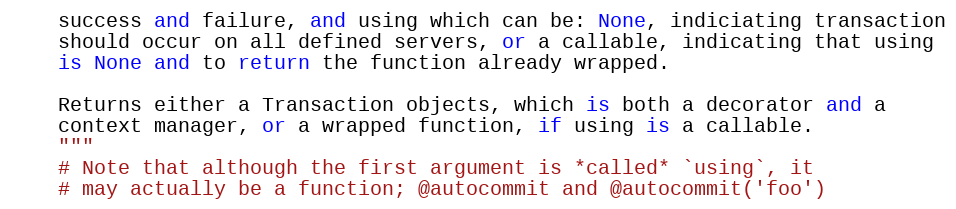
Language: Python
    success and failure, and using which can be: None, indiciating transaction
    should occur on all defined servers, or a callable, indicating that using
    is None and to return the function already wrapped.

    Returns either a Transaction objects, which is both a decorator and a
    context manager, or a wrapped function, if using is a callable.
    """
    # Note that although the first argument is *called* `using`, it
    # may actually be a function; @autocommit and @autocommit('foo')